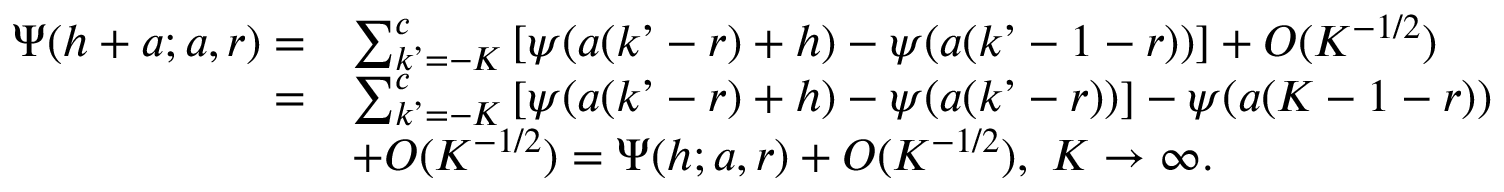
\begin{array} { r l } { \Psi ( h + a ; a , r ) = } & { \sum _ { k ’ = - K } ^ { c } \left[ \psi ( a ( k ’ - r ) + h ) - \psi ( a ( k ’ - 1 - r ) ) \right] + O ( K ^ { - 1 / 2 } ) } \\ { = } & { \sum _ { k ’ = - K } ^ { c } \left[ \psi ( a ( k ’ - r ) + h ) - \psi ( a ( k ’ - r ) ) \right] - \psi ( a ( K - 1 - r ) ) } \\ & { + O ( K ^ { - 1 / 2 } ) = \Psi ( h ; a , r ) + O ( K ^ { - 1 / 2 } ) , \ K \to \infty . } \end{array}